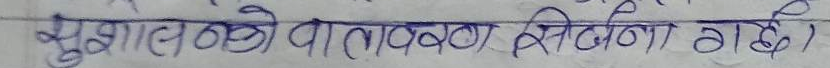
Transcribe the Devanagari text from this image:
सुभालले बोल्दा वातावरण सिर्जना गर्छे।